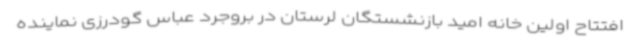
افتتاح اولین خانه امید بازنشستگان لرستان در بروجرد عباس گودرزی نماینده